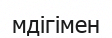
мдігімен